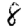
Digit: 8